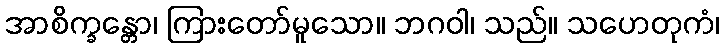
အာစိက္ခန္တော၊ ကြားတော်မူသော။ ဘဂဝါ၊ သည်။ သဟေတုကံ၊